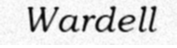
Wardell